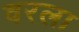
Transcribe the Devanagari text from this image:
वरला